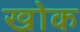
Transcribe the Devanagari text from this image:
खोक